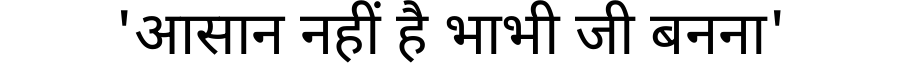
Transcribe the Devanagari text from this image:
'आसान नहीं है भाभी जी बनना'